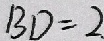
B D = 2